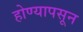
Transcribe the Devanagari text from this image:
होण्यापसून